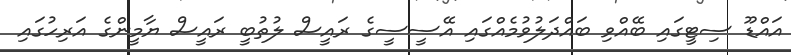
އައްޑޫ ސިޓީގައި ބޭއްވި ބައްދަލުވުމެއްގައި އޭސީސީގެ ރައީސް ލުތުބީ ރައީސް ޔާމީންގެ އަރިހުގައި